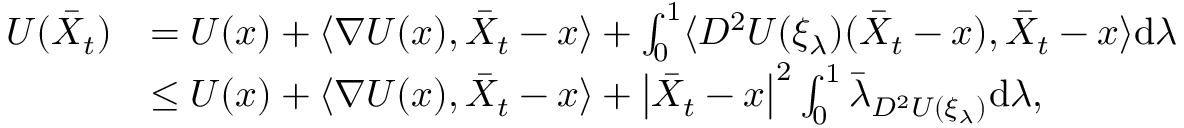
\begin{array} { r l } { U ( \bar { X } _ { t } ) } & { = U ( x ) + \langle \nabla U ( x ) , \bar { X } _ { t } - x \rangle + \int _ { 0 } ^ { 1 } \langle D ^ { 2 } U ( \xi _ { \lambda } ) ( \bar { X } _ { t } - x ) , \bar { X } _ { t } - x \rangle \mathrm { d } \lambda } \\ & { \le U ( x ) + \langle \nabla U ( x ) , \bar { X } _ { t } - x \rangle + \left| \bar { X } _ { t } - x \right| ^ { 2 } \int _ { 0 } ^ { 1 } \bar { \lambda } _ { D ^ { 2 } U ( \xi _ { \lambda } ) } \mathrm { d } \lambda , } \end{array}